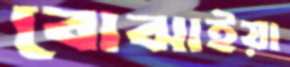
বোঝাইয়া